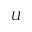
U